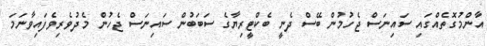
އާންމުގޮތެއްގައި ސައިނަސް ޖެހުމުން ބޭސް ދެނީ ބެކްޓީރިޔާގެ ސަބަބުން ސައިނަސް ޖެހުން މެދުވެރިވެފައިވާނަމަ